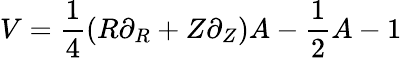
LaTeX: V=\frac 14(R\partial_{R}+Z\partial_{Z})A-\frac 12A-1